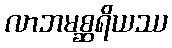
လာဘမစ္ဆရိယဿ